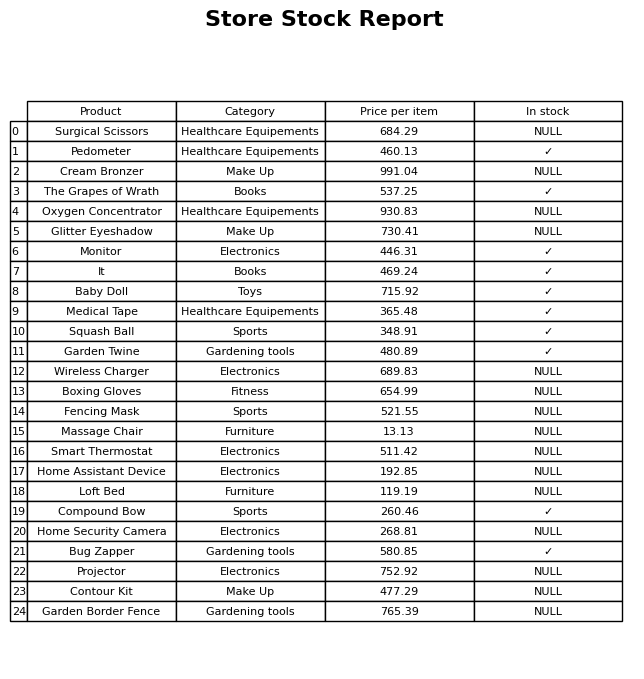
question: What is the price for Massage Chair?
answer: The price of Massage Chair is 13.13.